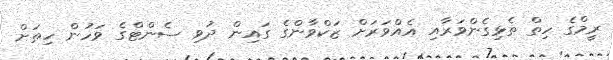
ރީމްގެ ހިތް ތެޅިގެންވަރާއި އެއްވަރަށް ޒަކްވާންގެ ގައިން ދުވި ސެންޓްގެ ވަހުން ހިތަށް